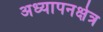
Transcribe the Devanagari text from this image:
अध्यापनक्षेत्र